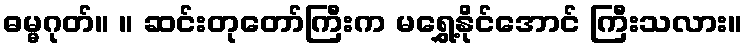
ဓမ္မဂုတ်။ ။ ဆင်းတုတော်ကြီးက မရွှေ့နိုင်အောင် ကြီးသလား။